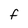
Character: f